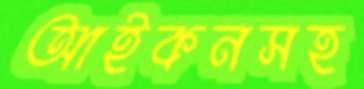
আইকনসহ